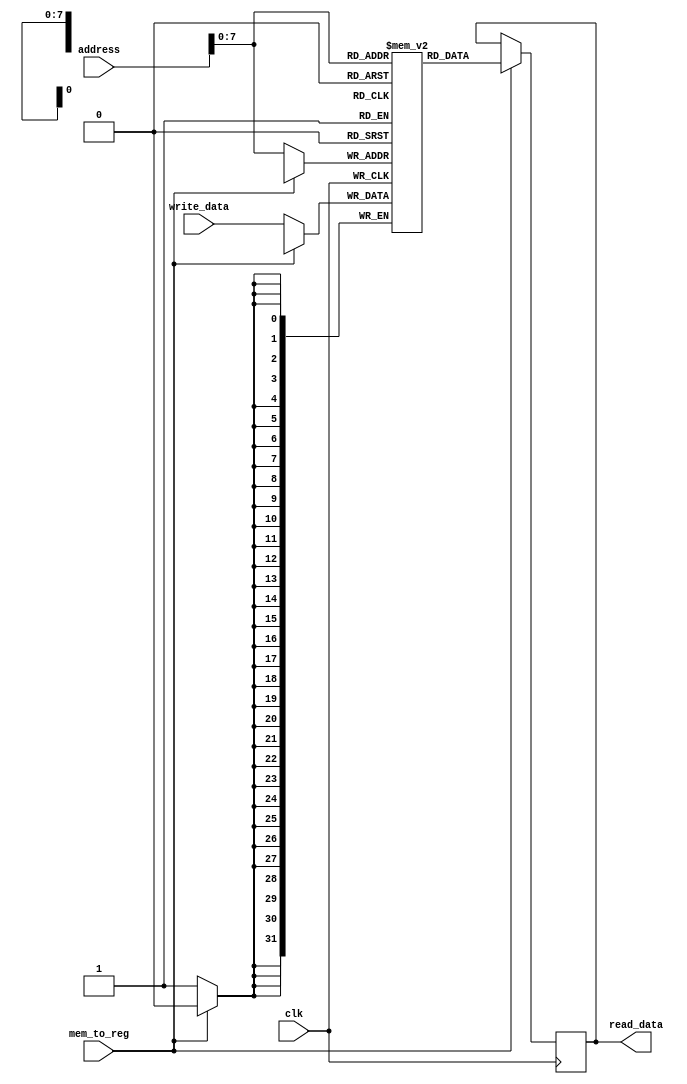
module Memory(
    input wire clk,
    input wire [31:0] address,
    input wire [31:0] write_data,
    input wire mem_to_reg,
    output reg [31:0] read_data
);
    reg [31:0] memory [0:255];  // Example memory size

    always @(posedge clk) begin
        if (mem_to_reg) begin
            read_data <= memory[address[7:0]];
        end else begin
            memory[address[7:0]] <= write_data;
        end
    end
endmodule